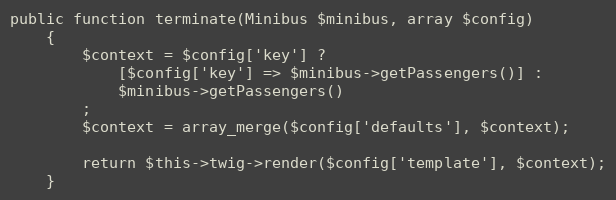
Language: PHP
public function terminate(Minibus $minibus, array $config)
    {
        $context = $config['key'] ?
            [$config['key'] => $minibus->getPassengers()] :
            $minibus->getPassengers()
        ;
        $context = array_merge($config['defaults'], $context);

        return $this->twig->render($config['template'], $context);
    }